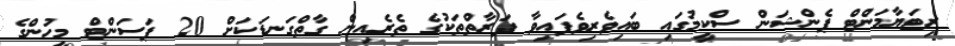
ރިޓަޔާމަންޓްް ޕެންޝަން ސްކީމުގައި ބައިވެރިވެފައިވާ ފަރާތްތަކުގެ ތެރެއިން ގާތްގަނޑަކަށް 20 ޕަސަންޓް މީހުންގެ